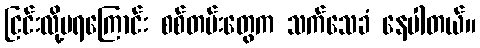
ငြင်းလို့မရကြောင်း စစ်တမ်းတွေက သက်သေခံ နေပါတယ်။